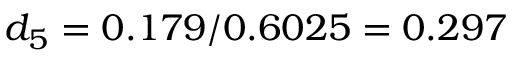
d _ { 5 } = 0 . 1 7 9 / 0 . 6 0 2 5 = 0 . 2 9 7